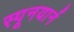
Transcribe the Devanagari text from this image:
स्पूनयार्न